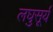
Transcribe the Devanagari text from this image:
लघुसूर्य